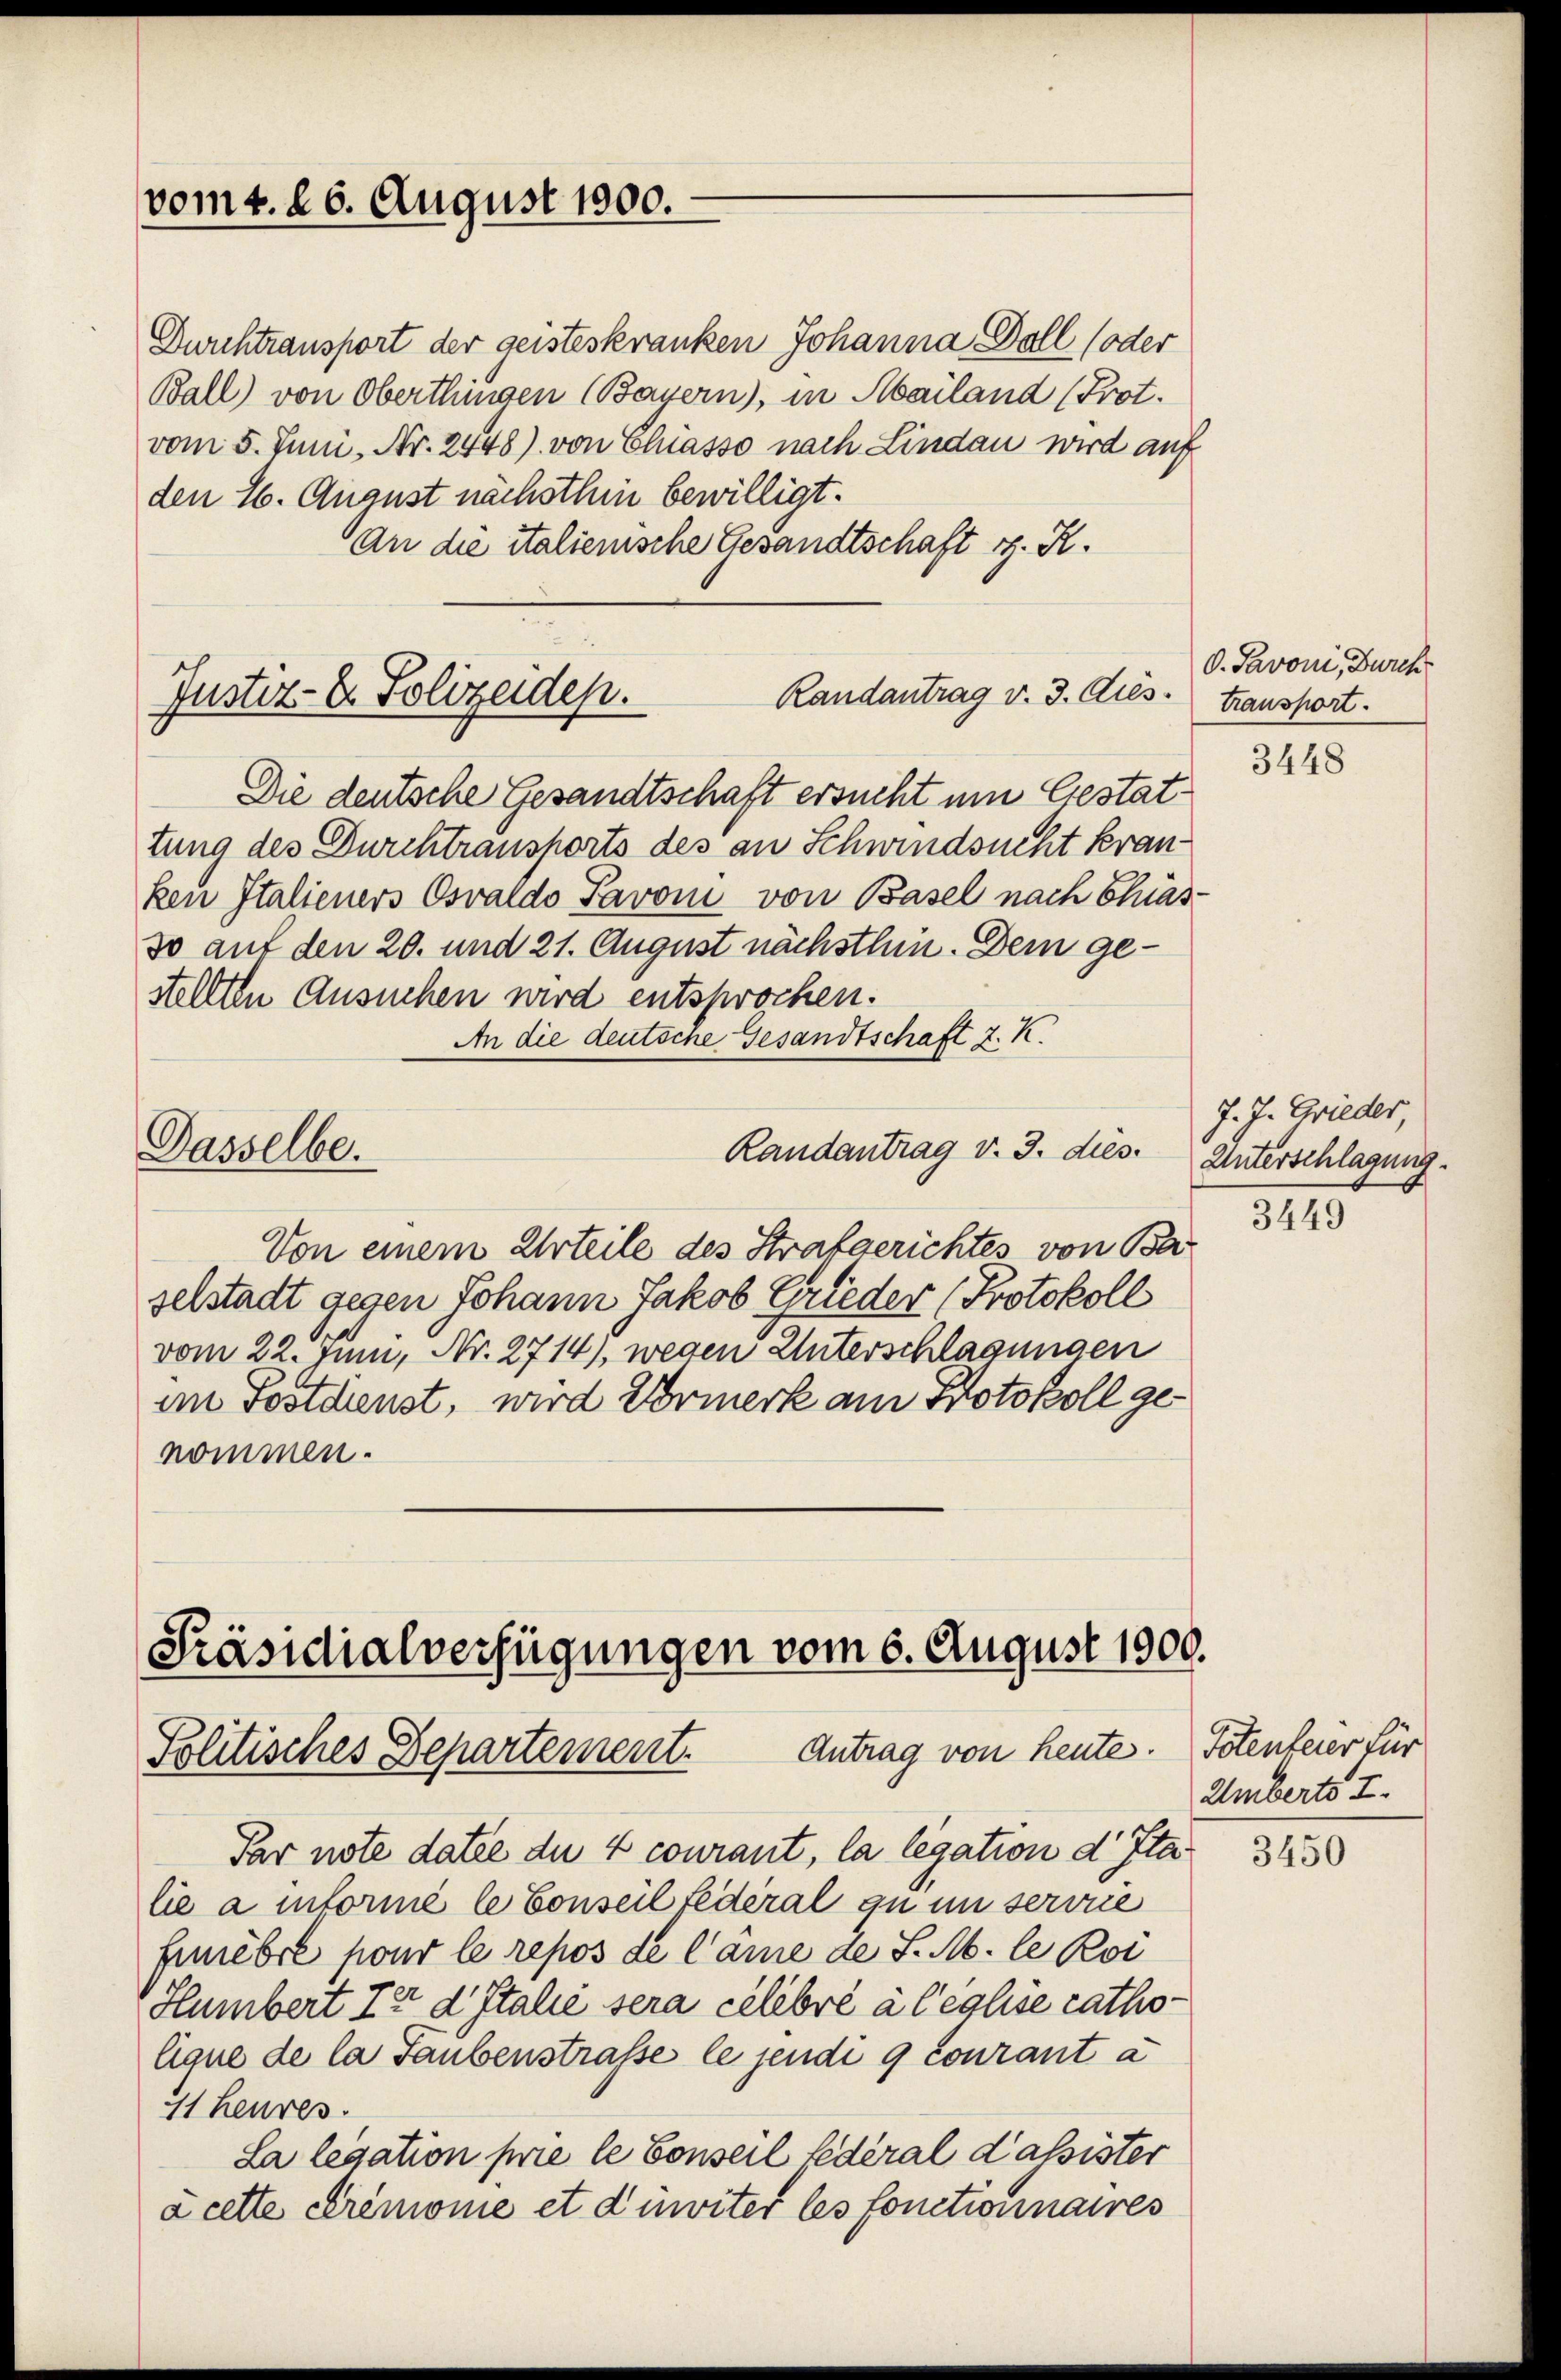
vom 1. 26. August 1900.

Durchtransport der geisteskranken Johanna Doll (oder
Ball) von Oberthungen (Bayern), in Mailand (Prot.
vom 5. Juni, Nr. 2448) von Eliasso nach Lindau wird auf
den 26. August nächsthin bewilligt.
An die italienische Gesandtschaft d. R.

Randantrag v. 3. Aues.
Justiz- & Polizeidep.

Die deutsche Gesandtschaft ersucht um Gestattung des Durchtransports des an Schwindsucht kran
ken Italieners Oswaldo Pavoni von Basel nach Chias
so auf den 20. und 21. August nächsthin. Dem gestellten Ansuchen wird entsprochen.
An die deutsche Gesandtschaft z. K.
Randantrag v. 3. dies
Dasselbe.
Von einem Urteile des Strafgerichtes von Ba
selstadt gegen Johann Jakob Grieder (Protokoll
vom 22. Juni, Nr. 2714), wegen Unterschlagungen
im Postdienst, wird Vormerk am Protokoll genommen.

Präsidialverfügungen vom 6. August 1900.
Politisches Departement. Antrag von heute.

Par note datie du 4 courant, la legation d Italie a informé le Conseil fédéral zu in servie
frnebre pour le repos de Came de S. M. le Roi
Humbert Te d Italie sera célébré a leglise catholique de la Taubenstrasse le jendi 9 courant a
41 heures.
La legation prie le Conseil fédéral Kassister
a cette Cremonie et d’inviter les fonctionnaires

O. Pavoni, Durch
transport.

J. J. Grieder
Unterschlagung.

3448

3449

Totenteier für
Umberts I.

3450